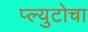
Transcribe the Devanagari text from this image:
प्ल्युटोचा